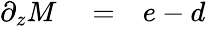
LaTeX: \begin{array}{rlr}{\partial_{z}M}&{{}=}&{e-d}\end{array}